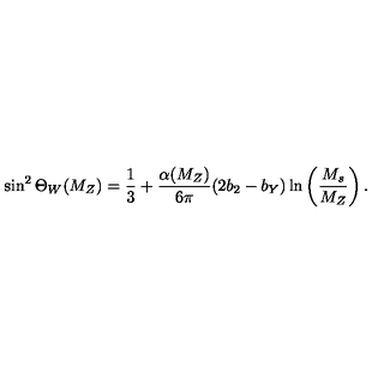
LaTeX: \sin ^ { 2 } \Theta _ { W } ( M _ { Z } ) = \frac { 1 } { 3 } + \frac { \alpha ( M _ { Z } ) } { 6 \pi } ( 2 b _ { 2 } - b _ { Y } ) \ln \left( \frac { M _ { s } } { M _ { Z } } \right) .